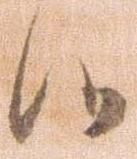
候